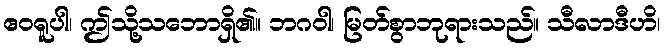
ဧဝရူပါ၊ ဤသို့သဘောရှိ၏။ ဘဂဝါ၊ မြတ်စွာဘုရားသည်။ သီလာဒီဟိ၊